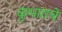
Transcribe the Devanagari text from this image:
कुंभाराचे